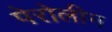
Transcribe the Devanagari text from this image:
पेरोलीन